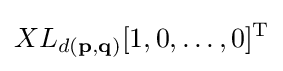
XL_{d(\mathbf {p} ,\mathbf {q} )}[1,0,\dots ,0]^{\operatorname {T} }